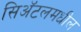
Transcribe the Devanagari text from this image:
सिअॅटलमधील